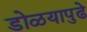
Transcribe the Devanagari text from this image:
डोळयापुढे